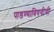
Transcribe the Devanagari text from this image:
पाडण्याविषयीची